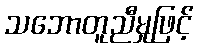
သဘောတူညီမှုဖြင့်